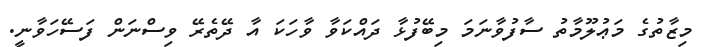
މިޒާތުގެ މަޢުލޫމާތު ސާފުވާނަމަ މިބޭފުޅާ ދައްކަވާ ވާހަކަ އާ ދޭތެރޭ ވިސްނަން ފަސޭހަވާނީ.